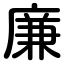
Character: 廉